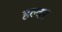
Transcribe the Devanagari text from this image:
हल्दर